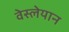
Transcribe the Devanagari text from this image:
वेस्लेयान